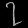
Digit: ၇